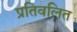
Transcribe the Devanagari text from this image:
प्रतिवलित